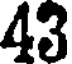
43